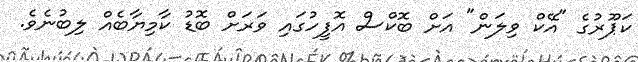
ކަޕޫރުގެ "އޭކް ވިލަން" އަށް ބޮކްސް އޮފީހުގައި ވަރަށް ބޮޑު ކާމިޔާބެއް ލިބުނެވެ.